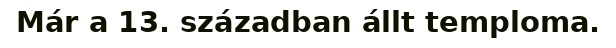
Már a 13. században állt temploma.